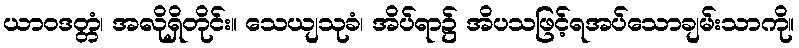
ယာဝဒတ္တံ၊ အလိုရှိတိုင်း။ သေယျသုခံ၊ အိပ်ရာ၌ အိပသဖြင့်ရအပ်သောချမ်းသာကို။